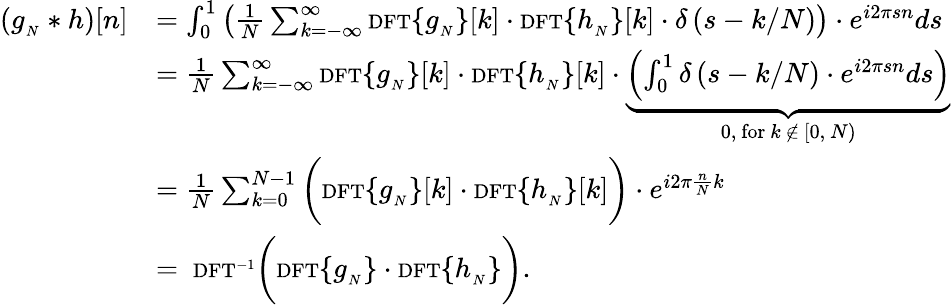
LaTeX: {\begin{array}{rl}{(g_{_{N}}*h)[n]}&{=\int_{0}^{1}\left({\frac{1}{N}}\sum_{k=-\infty}^{\infty}{\scriptstyle\mathrm{{DFT}}}\{ g_{_{N}}\} [k]\cdot{\scriptstyle\mathrm{{DFT}}}\{ h_{_{N}}\} [k]\cdot\delta\left(s-k/N\right)\right)\cdot e^{i2\pi sn}ds}\\ &{={\frac{1}{N}}\sum_{k=-\infty}^{\infty}{\scriptstyle\mathrm{{DFT}}}\{ g_{_{N}}\} [k]\cdot{\scriptstyle\mathrm{{DFT}}}\{ h_{_{N}}\} [k]\cdot\underbrace{\left(\int_{0}^{1}\delta\left(s-k/N\right)\cdot e^{i2\pi sn}ds\right)}_{{\mathrm{0,~for}}\ k\ \notin\ [0,\ N)}}\\ &{={\frac{1}{N}}\sum_{k=0}^{N-1}{\bigg(}{\scriptstyle\mathrm{{DFT}}}\{ g_{_{N}}\} [k]\cdot{\scriptstyle\mathrm{{DFT}}}\{ h_{_{N}}\} [k]{\bigg)}\cdot e^{i2\pi{\frac{n}{N}}k}}\\ &{=\ {\scriptstyle\mathrm{{DFT}}^{-1}}{\bigg(}{\scriptstyle\mathrm{{DFT}}}\{ g_{_{N}}\} \cdot{\scriptstyle\mathrm{{DFT}}}\{ h_{_{N}}\} {\bigg)}.}\end{array}}